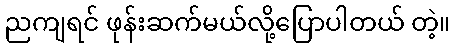
ညကျရင် ဖုန်းဆက်မယ်လို့ပြောပါတယ် တဲ့။